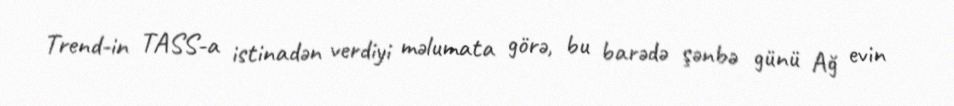
Trend-in TASS-a istinadən verdiyi məlumata görə, bu barədə şənbə günü Ağ evin